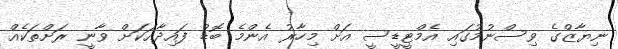
ނިޔާޒްގެ ވިސްނުމުގައި އެމްޓީޑީސީ އަށް މިހާރު އެންމެ ބޮޑު ފައިދާއަކަށް ވާނީ ރަށްތަކެއް